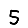
Digit: 5